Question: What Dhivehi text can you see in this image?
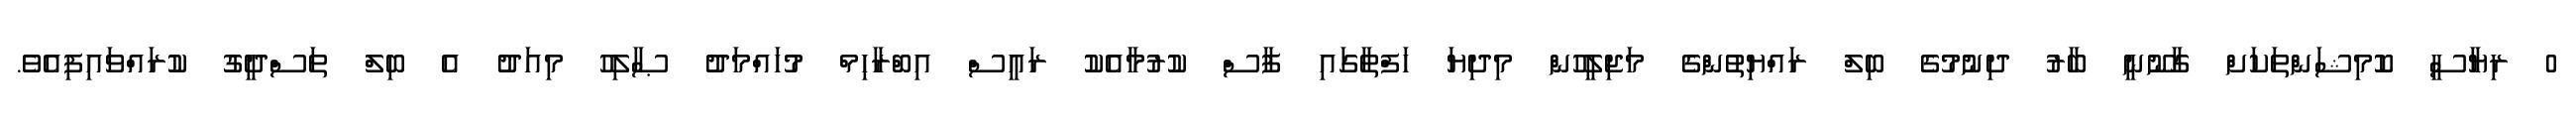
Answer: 0 ރިޔާސީ ކޮމިޝަންތަކަށް ގާނޫނީ ބާރު ދިނުމުގެ ބިލް ރައްޔިތުންގެ މަޖިލީހުން މިދިޔަ ހަފްތާގައި ފާސް ކުރުމާއެކު ރައީސް އިބްރާހިމް މުހައްމަދު ޞާލިހު މިއަދު އެ ބިލް ތަސްދީގު ކުރައްވައިފިއެވެ.